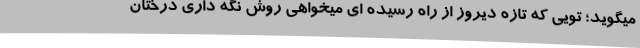
میگوید؛ تویی که تازه دیروز از راه رسیده ای میخواهی روش نگه داری درختان